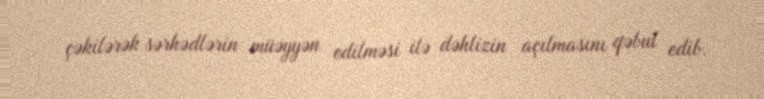
çəkilərək sərhədlərin müəyyən edilməsi ilə dəhlizin açılmasını qəbul edib.